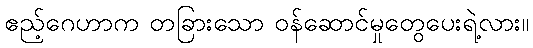
ဧည့်ဂေဟာက တခြားသော ဝန်ဆောင်မှုတွေပေးရဲ့လား။